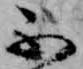
不